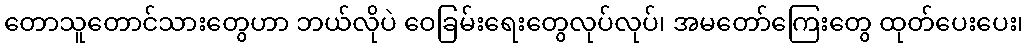
တောသူတောင်သားတွေဟာ ဘယ်လိုပဲ ဝေခြမ်းရေးတွေလုပ်လုပ်၊ အမတော်ကြေးတွေ ထုတ်ပေးပေး၊